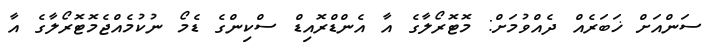
ސަންއަށް ޚަބަރެއް ދެއްވުމަށް: މޮޓޮރޯލާގެ އާ އެންޑްރޮއިޑް ސްކިންގެ ޑެމޯ ނުކުމެއްޖެމޮޓޮރޯލާގެ އާ